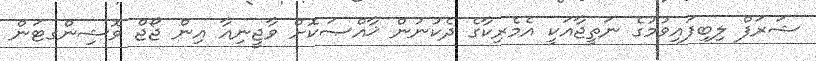
ޝަރަފް ލިބިފައިވުމުގެ ނަތީޖާއަކީ އެމެރިކާގެ ދެކުނުން ޚާއްޞަކޮށް ވާޖީނިއާ އިން ޖޯޖް ވޮޝިންގޓަން